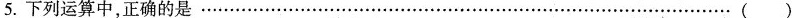
5.下列运算中，正确的是………… ()